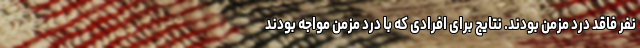
نفر فاقد درد مزمن بودند. نتایج برای افرادی که با درد مزمن مواجه بودند